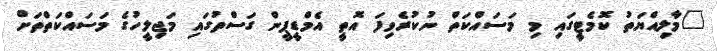
"މާލިއްޔަތު ކޮމެޓީގައި މި މަސައްކަތް ނުކުރެވިފަ އޮތީ އެމްޑީޕީން ގަސްތުގައި މަޖިލީހުގެ މަސައްކަތްތަށް